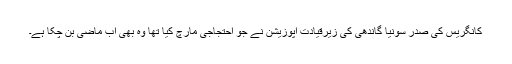
کانگریس کی صدر سونیا گاندھی کی زیرقیادت اپوزیشن نے جو احتجاجی مارچ کیا تھا وہ بھی اب ماضی بن چکا ہے۔